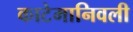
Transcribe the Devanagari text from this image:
काटेमानिवली